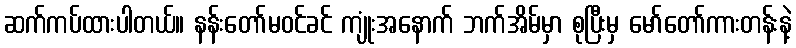
ဆက်ကပ်ထားပါတယ်။ နန်းတော်မဝင်ခင် ကျုံးအနောက် ဘက်အိမ်မှာ စုပြီးမှ မော်တော်ကားတန်းနဲ့